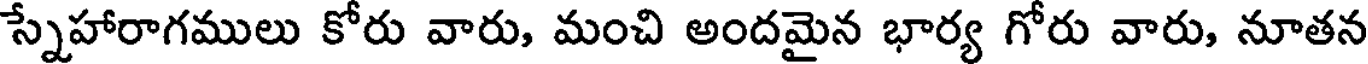
స్నేహారాగములు కోరు వారు, మంచి అందమైన భార్య గోరు వారు, నూతన